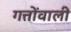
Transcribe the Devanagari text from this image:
गत्तोंवाली